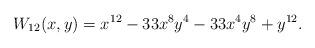
LaTeX: \begin{align*}W_{12}(x,y)=x^{12}-33x^8y^4-33x^4y^8+y^{12}.\end{align*}